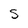
Character: s